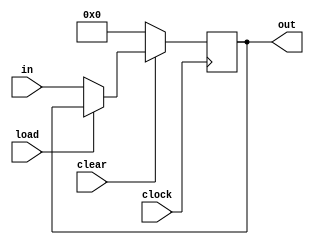
module register
	#(parameter		Width = 8)
	(output reg [Width-1:0] out,
	input 		[Width-1:0] in,
	input			clear, load, clock);
	
	always @(posedge clock)
		if (~clear)
			out <= 0;
		else if (~load)
			out <= in;
endmodule